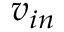
v _ { i n }